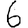
Digit: 6